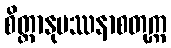
စိတ္တာနုပဿနာစတုက္က